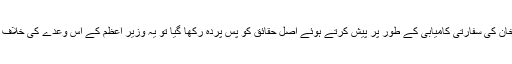
اگر اس سرمایہ کاری کو آج سعودی عرب کے پاکستان پر احسان یا عمران خان کی سفارتی کامیابی کے طور پر پیش کرتے ہوئے اصل حقائق کو پس پردہ رکھا گیا تو یہ وزیر اعظم کے اس وعدے کی خلاف ورزی ہوگی کہ عوام کو ہر قسم کے معاملات میں صرف سچ بتایا جائے گا۔